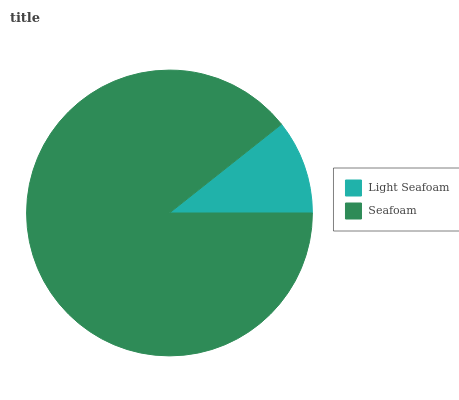
| Light Seafoam | Seafoam |
 | --- | --- |
 | 10.7% | 89.3% |